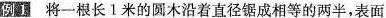
例1 将一根长1米的圆木沿着直径锯成相等的两半，表面